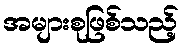
အများစုဖြစ်သည့်